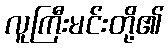
လူကြီးမင်းတို့၏